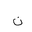
Letter: _non